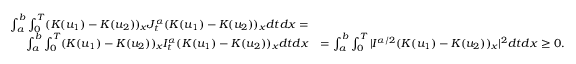
\begin{array} { r l } { \int _ { a } ^ { b } \int _ { 0 } ^ { T } ( K ( u _ { 1 } ) - K ( u _ { 2 } ) ) _ { x } J _ { t } ^ { \alpha } ( K ( u _ { 1 } ) - K ( u _ { 2 } ) ) _ { x } d t d x = } \\ { \int _ { a } ^ { b } \int _ { 0 } ^ { T } ( K ( u _ { 1 } ) - K ( u _ { 2 } ) ) _ { x } I _ { t } ^ { \alpha } ( K ( u _ { 1 } ) - K ( u _ { 2 } ) ) _ { x } d t d x } & { = \int _ { a } ^ { b } \int _ { 0 } ^ { T } | I ^ { \alpha / 2 } ( K ( u _ { 1 } ) - K ( u _ { 2 } ) ) _ { x } | ^ { 2 } d t d x \geq 0 . } \end{array}